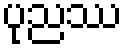
ပုညဿ